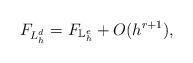
LaTeX: \begin{align*}F_{L^d_h} = F_{{\mathbb{L}}^{e}_h} + O(h^{r+1}),\end{align*}